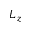
L _ { z }